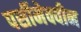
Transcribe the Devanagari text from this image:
पर्सीमेक्वीन